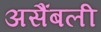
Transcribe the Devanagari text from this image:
असैंबली